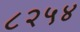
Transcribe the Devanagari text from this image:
८२५४